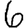
Digit: 6